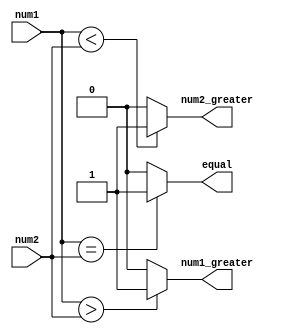
module signed_magnitude_comparator (
    input signed [7:0] num1,
    input signed [7:0] num2,
    output wire num1_greater,
    output wire num2_greater,
    output wire equal
);

assign num1_greater = (num1 > num2) ? 1'b1 : 1'b0;
assign num2_greater = (num1 < num2) ? 1'b1 : 1'b0;
assign equal = (num1 == num2) ? 1'b1 : 1'b0;

endmodule